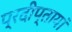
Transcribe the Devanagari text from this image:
प्रदीप्तायां